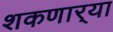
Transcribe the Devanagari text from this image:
शकणार्‍या